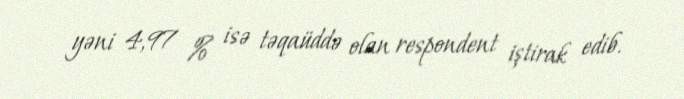
yəni 4,97 % isə təqaüddə olan respondent iştirak edib.